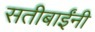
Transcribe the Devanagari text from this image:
सतीबाईंनी